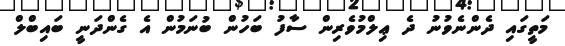
މަތީގައި ދެންނެވުނު ދެ ޢިލްމުވެރިން ސާފު ބަހުން ބުނަމުން އެ ގެންދަނީ ބައިބްލް